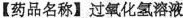
【药品名称】过氧化氢溶液